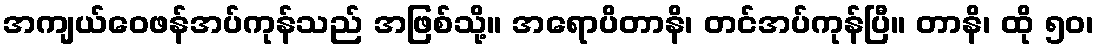
အကျယ်ဝေဖန်အပ်ကုန်သည် အဖြစ်သို့။ အရောပိတာနိ၊ တင်အပ်ကုန်ပြီ။ တာနိ၊ ထို ၅၀၊